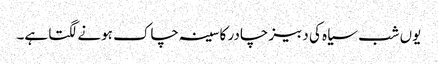
یوں شب سیاہ کی دبیز چادر کا سینہ چاک ہونے لگتا ہے۔